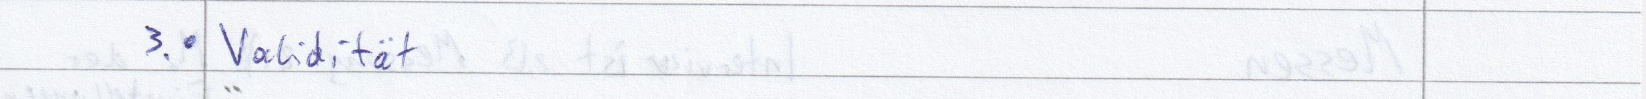
3. Validität